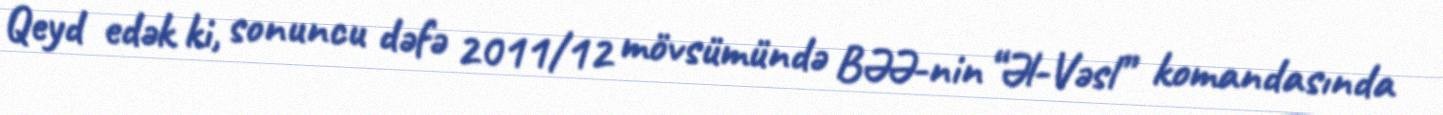
Qeyd edək ki, sonuncu dəfə 2011/12 mövsümündə BƏƏ-nin “Əl-Vəsl” komandasında